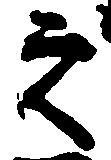
之